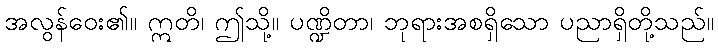
အလွန်ဝေး၏။ ဣတိ၊ ဤသို့။ ပဏ္ဍိတာ၊ ဘုရားအစရှိသော ပညာရှိတို့သည်။